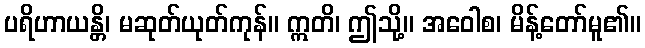
ပရိဟာယန္တိ၊ မဆုတ်ယုတ်ကုန်။ ဣတိ၊ ဤသို့။ အဝေါစ၊ မိန့်တော်မူ၏။